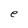
Character: e